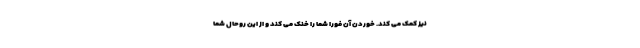
نیز کمک می کند. خوردن آن فورا شما را خنک می کند و از این روحال شما